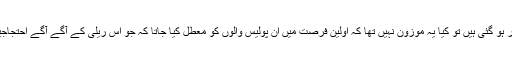
وہ اگر واقعتا اِس ریلی سے ششدر ہو گئی ہیں تو کیا یہ موزون نہیں تھا کہ اوّلین فرصت میں اُن پولیس والوں کو معطل کیا جاتا کہ جو اِس ریلی کے آگے آگے احتجاجیوں کوتحفظ فراہم کر رہے تھے۔